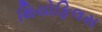
થિયોફિલસ